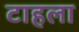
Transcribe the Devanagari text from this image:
टाहला